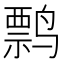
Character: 𬸤